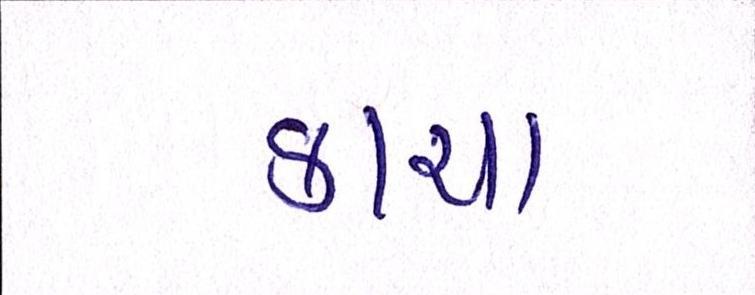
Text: કાચા